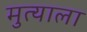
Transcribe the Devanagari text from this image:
मुत्याला